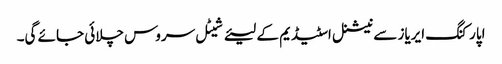
اپارکنگ ایریاز سے نیشنل اسٹیڈیم کے لیئے شیٹل سروس چلائی جائے گی۔